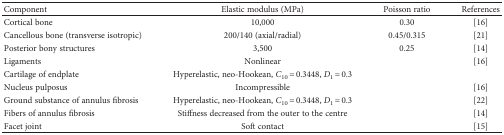
<table><thead><tr><td><b>Component</b></td><td><b>Elastic modulus (MPa)</b></td><td><b>Poisson ratio</b></td><td><b>References</b></td></tr></thead><tbody><tr><td>Cortical bone</td><td>10,000</td><td>0.30</td><td>[16]</td></tr><tr><td>Cancellous bone (transverse isotropic)</td><td>200/140 (axial/radial)</td><td>0.45/0.315</td><td>[21]</td></tr><tr><td>Posterior bony structures</td><td>3,500</td><td>0.25</td><td>[14]</td></tr><tr><td>Ligaments</td><td>Nonlinear</td><td>[EMPTY_CELL]</td><td>[16]</td></tr><tr><td>Cartilage of endplate</td><td>Hyperelastic, neo-Hookean, <i>C</i><sub>10</sub> = 0.3448, <i>D</i><sub>1</sub> = 0.3</td><td>[EMPTY_CELL]</td></tr><tr><td>Nucleus pulposus</td><td>Incompressible</td><td>[EMPTY_CELL]</td><td>[16]</td></tr><tr><td>Ground substance of annulus fibrosis</td><td>Hyperelastic, neo-Hookean, <i>C</i><sub>10</sub> = 0.3448, <i>D</i><sub>1</sub> = 0.3</td><td>[EMPTY_CELL]</td><td>[22]</td></tr><tr><td>Fibers of annulus fibrosis</td><td>Stiffness decreased from the outer to the centre</td><td>[EMPTY_CELL]</td><td>[14]</td></tr><tr><td>Facet joint</td><td>Soft contact</td><td>[EMPTY_CELL]</td><td>[15]</td></tr></tbody></table>